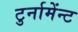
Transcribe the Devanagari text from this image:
टुर्नामेंन्ट